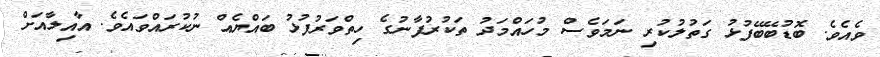
ވެއެވެ. ބޮޑުބޭބޭފުޅު ގަތުލުކުރި ނަމަވެސް މުހައްމަދު ތަކުރުފާނުގެ ހިތްވަރުފުޅު ބައްޔެއް ނުކުރައްވައެވެ. އާއިލާއަށް